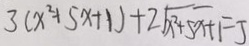
3 ( x ^ { 2 } + 5 x + 1 ) + 2 \sqrt { x ^ { 2 } + 5 x + 1 } = 5